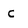
Character: c